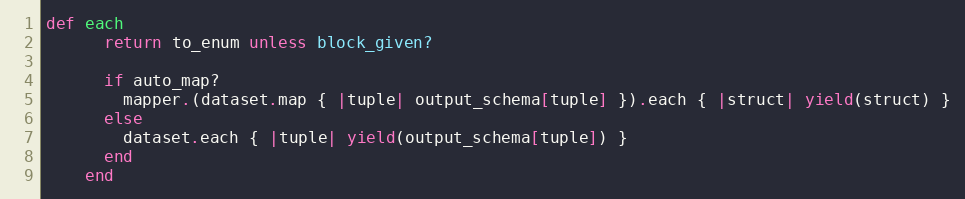
Language: Ruby
def each
      return to_enum unless block_given?

      if auto_map?
        mapper.(dataset.map { |tuple| output_schema[tuple] }).each { |struct| yield(struct) }
      else
        dataset.each { |tuple| yield(output_schema[tuple]) }
      end
    end